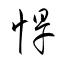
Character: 悍